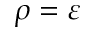
\rho = \varepsilon